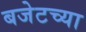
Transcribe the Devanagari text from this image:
बजेटच्या